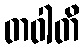
တဝါတိ